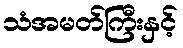
သံအမတ်ကြီးနှင့်